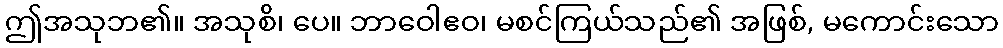
ဤအသုဘ၏။ အသုစိ၊ ပေ။ ဘာဝေါဧဝ၊ မစင်ကြယ်သည်၏ အဖြစ်, မကောင်းသော